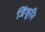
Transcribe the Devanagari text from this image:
जिंकूनि